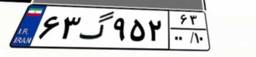
۶۳گ۹۵۲۶۳